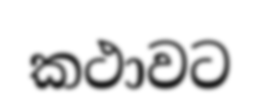
කථාවට